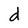
Character: d